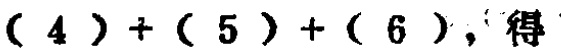
\((4)+(5)+(6)\)，得